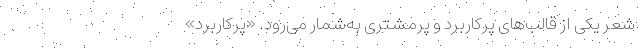
شعر یکی از قالب‌های پُرکاربرد و پُرمشتری به‌شمار می‌رود. «پُرکاربرد»